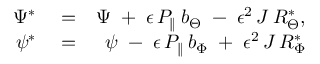
\begin{array} { r l r } { \Psi ^ { * } } & { { } = } & { \Psi \; + \; \epsilon \, P _ { \parallel } \, b _ { \Theta } \; - \; \epsilon ^ { 2 } \, J \, { \cal R } _ { \Theta } ^ { * } , } \\ { \psi ^ { * } } & { { } = } & { \psi \; - \; \epsilon \, P _ { \parallel } \, b _ { \Phi } \; + \; \epsilon ^ { 2 } \, J \, { \cal R } _ { \Phi } ^ { * } } \end{array}